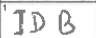
Transcription: IDB